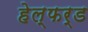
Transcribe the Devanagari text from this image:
हेल्फर्ड